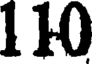
110